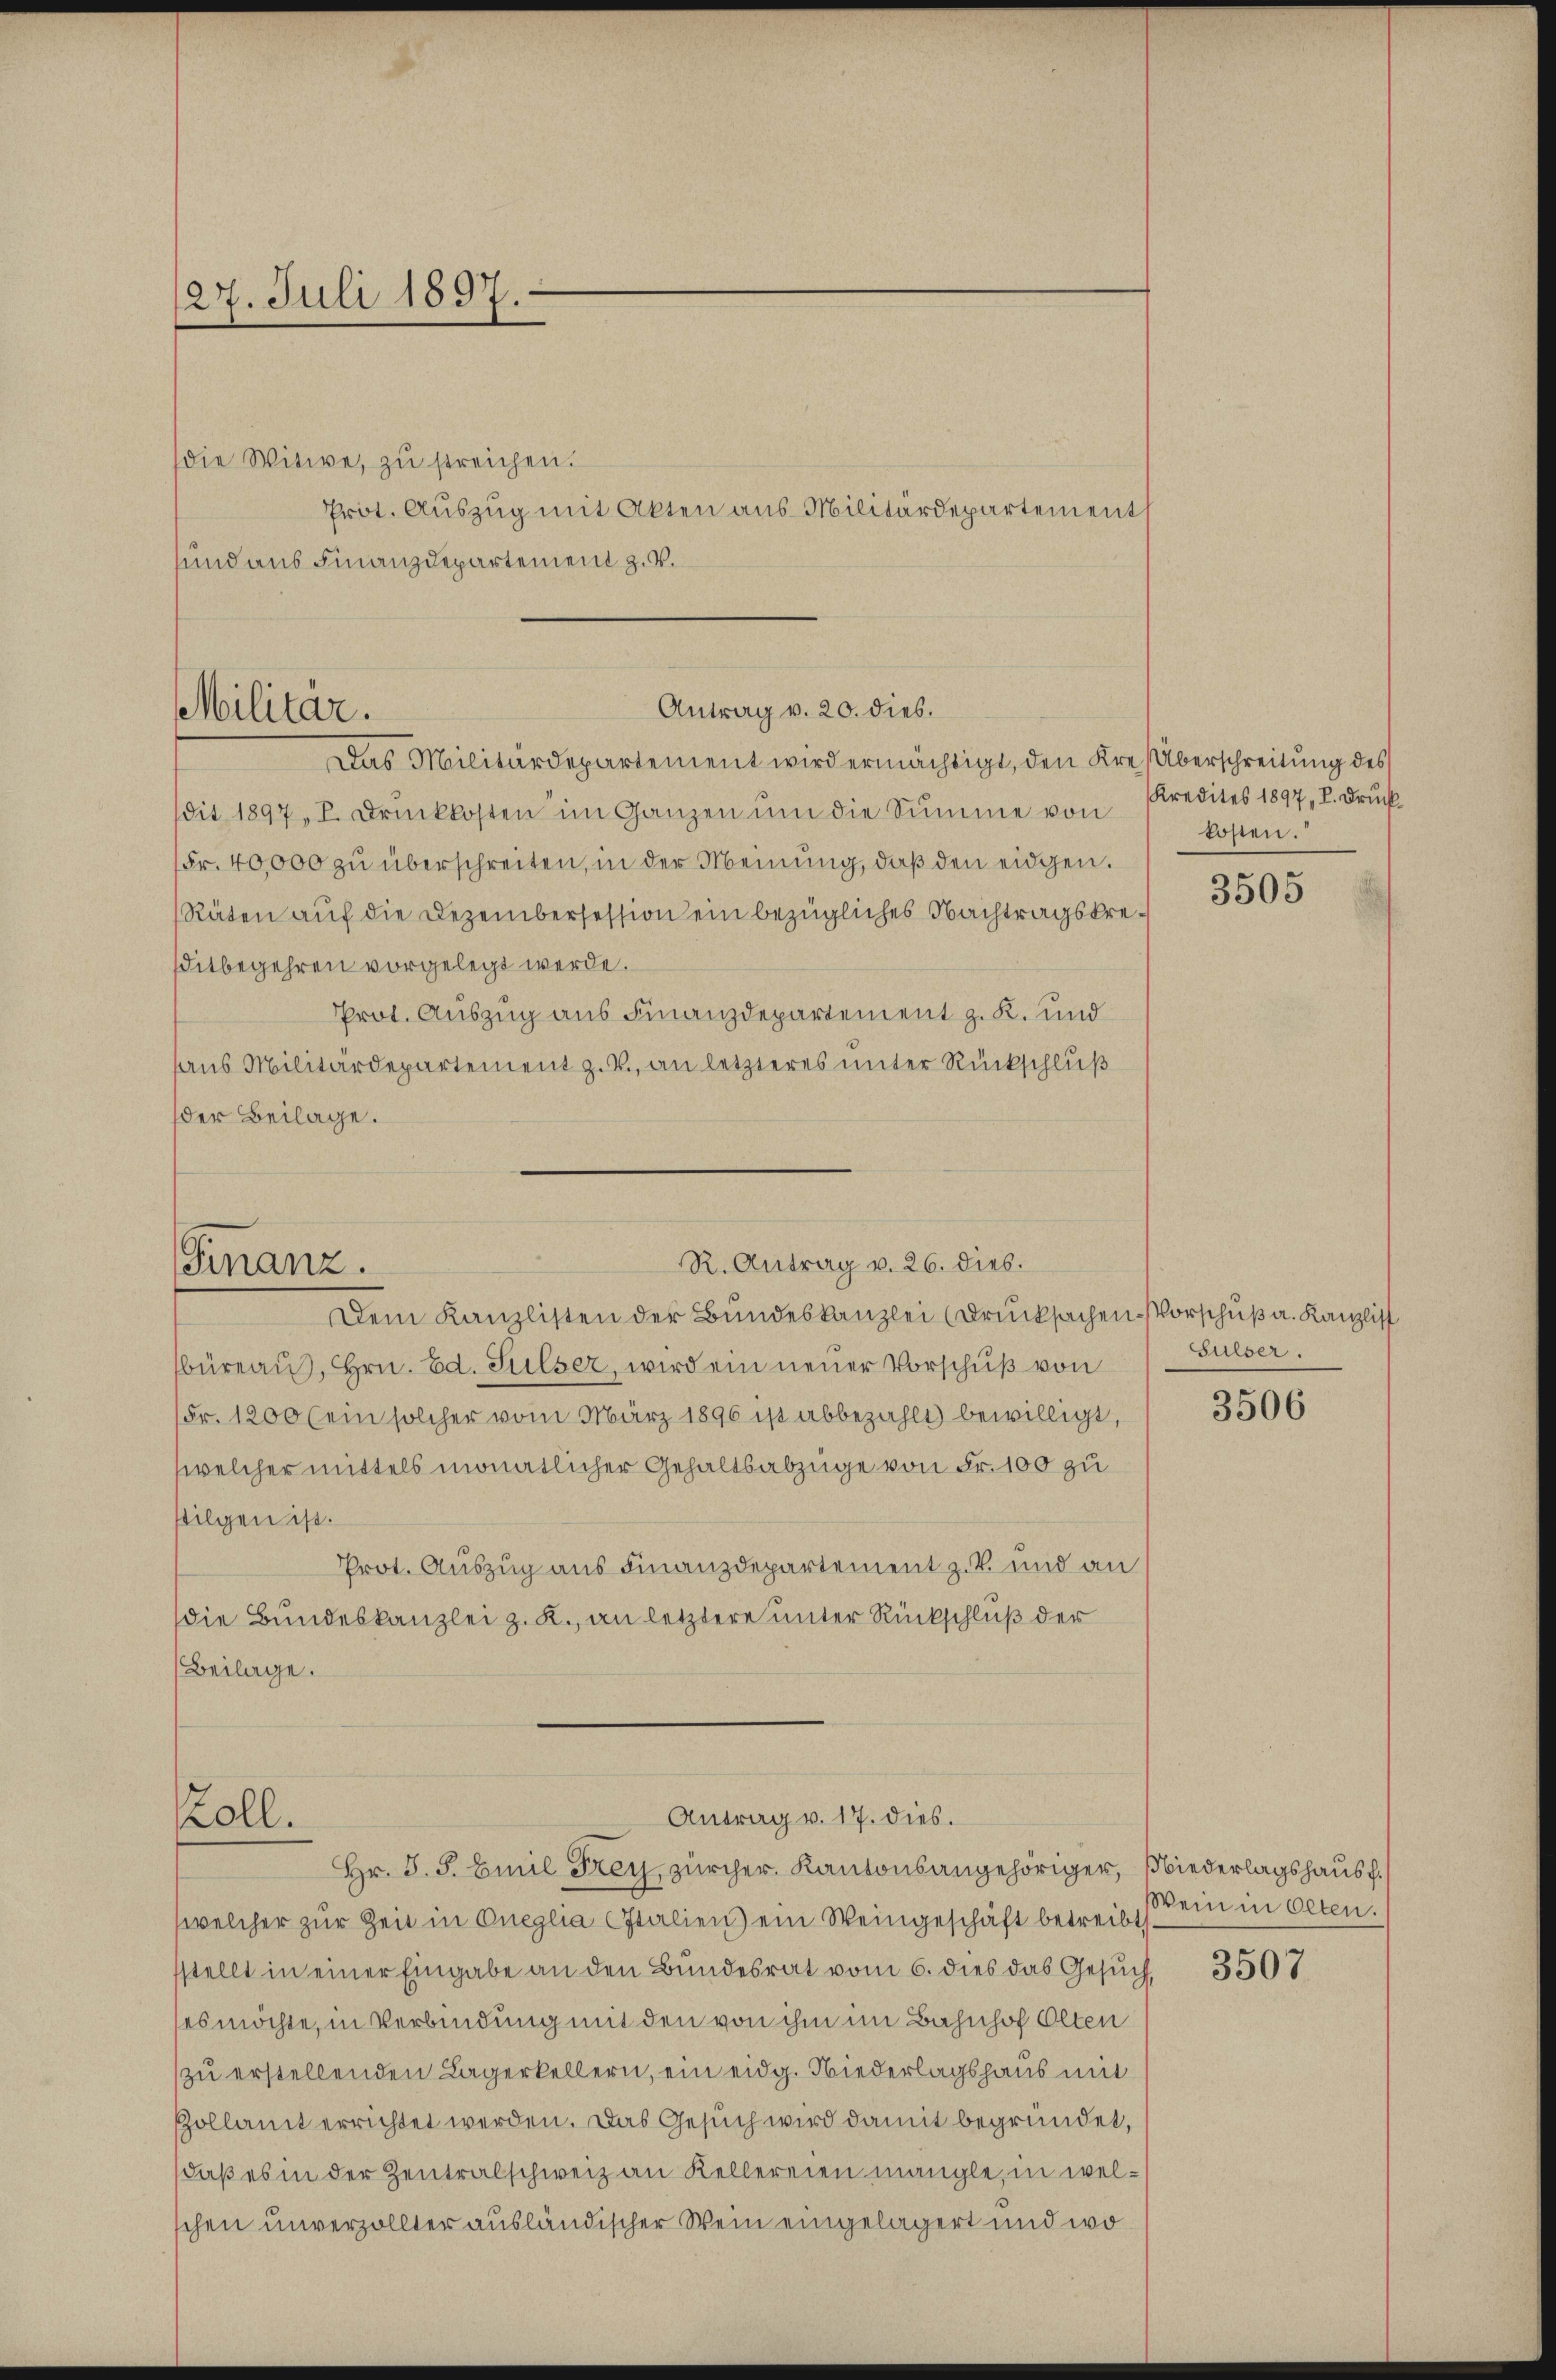
27. Juli 1897.

Prot. Auszug mit Akten aus Militärdepartements

dit 1897, P. Druckkosten im Ganzen ŭm die Summe von Kredites 1897, P. Drŭck-
Fr. 40,000 zu überschreiten, in der Meinung, daß den eidgen.
Räten auf die Dezembersession ein bezügliches Nachtragskreditbegehren vorgelegt werde.
Prot. Auszug aus Finanzdepartement z. K. und
aus Militärdepartement z. B. an letzteres unter Rückschluß
der Beilage.

Antrag v. 20. dies.
Militar.
Das Militärdepartement wird ermächtigt, den Kre Überschreitung des

R. Antrag v. 26. dies.
Finanz.
Dem Kanzlisten der Bundeskanzlei (Drucksachen-Vorschuß a. Kanzlist

Antrag v. 17. dies.
oll.
Hr. S. S. Emil Frey, zürcher. Kantonsangehöriger, Niederlagshausp.

die Witwe, zŭ streichen.
und aus Finanzdepartement z. B.

büreaŭ, Hrn. Ed. Sulser, wird ein neuer Vorschuß von
Fr. 1200 (ein solcher vom März 1896 ist abbezahlt bewilligt,
welcher mittels monatlicher Gehaltsabzüge von Fr. 100 zu
stilgen ist.
Prot. Auszug aus Finanzdepartement z. B. und an
die Bundeskanzlei z. R., an letztere unter Rückschluß der
Beilage.

welcher zur Zeit in Oneglia Italien) ein Weingeschäft betreibt
sstellt in einer Eingabe an den Bundesrat vom 6. dies das Gesuch,
es möchte, in Verbindung mit den von ihm im Bahnhof Olten
zu erstellenden Lagerkellern, ein eidg. Niederlagshaus mit
Pollamt errichtet werden. Das Gesuch wird damit begründet,
daß es in der Zentralschweiz an Kellereien mangle, in welchen unverzollter ausländischer Wein eingelagert und wo

kosten.

3505

Sulser.

3506

Wein in Olten.

3507